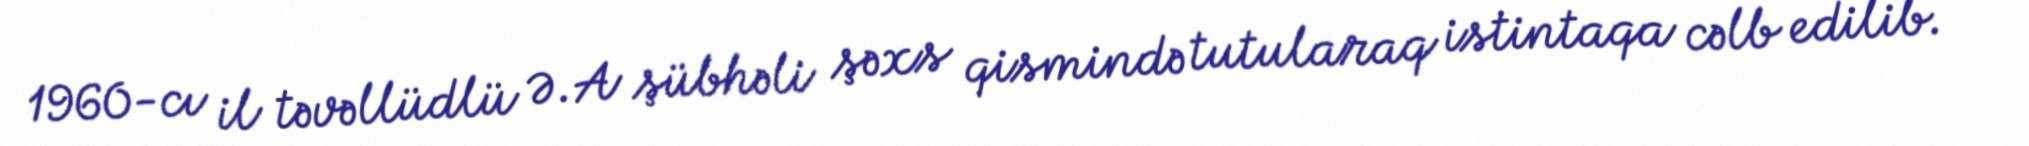
1960-cı il təvəllüdlü Ə.A şübhəli şəxs qismində tutularaq istintaqa cəlb edilib.